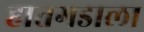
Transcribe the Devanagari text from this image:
हातगडाला